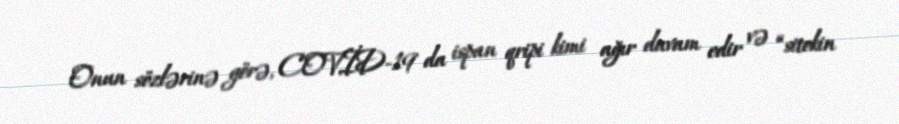
Onun sözlərinə görə, COVİD-19 da ispan qripi kimi ağır davam edir və “sitokin